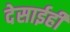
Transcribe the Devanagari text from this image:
देसाईही